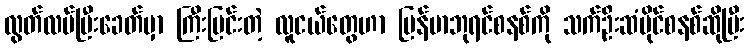
လွတ်လပ်ပြီးခေတ်မှာ ကြီးပြင်းတဲ့ လူငယ်တွေဟာ မြန်မာဘုရင်စနစ်ကို သက်ဦးဆံပိုင်စနစ်ဆိုပြီး